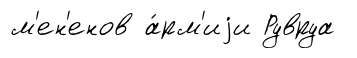
м'ен'енов а́рм'иjи Рувруа